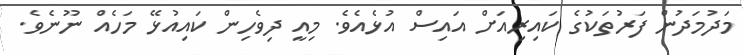
މަދުމަދުން ފަރުތަކުގެ ކައިރިއަށް އައިސް އުޅެއެވެ. މިއީ ދިވެހިން ކައިއުޅޭ މަހެއް ނޫނެވެ.